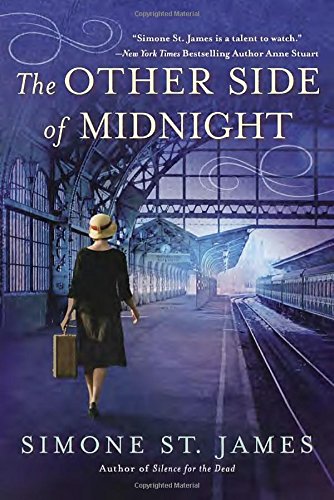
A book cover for The Other Side of Midnight; Simone St. James; Mystery, Thriller & Suspense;